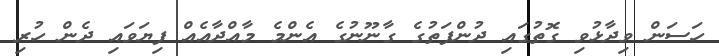
ހަސަން ވިދާޅުވި ގޮތުގައި ދުންފަތުގެ ގާނޫނުގެ އެންމެ މާއްދާއެއް ފިޔަވައި ދެން ހުރި